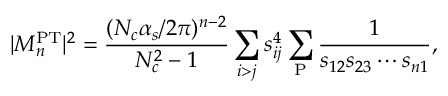
| { \cal M } _ { n } ^ { \mathrm { P T } } | ^ { 2 } = \frac { ( N _ { c } \alpha _ { s } / 2 \pi ) ^ { n - 2 } } { N _ { c } ^ { 2 } - 1 } \sum _ { i > j } s _ { i j } ^ { 4 } \sum _ { \mathrm { P } } \frac { 1 } { s _ { 1 2 } s _ { 2 3 } \cdots s _ { n 1 } } ,